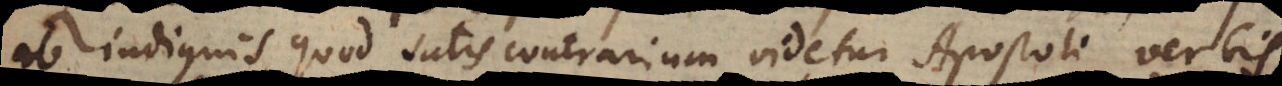
ab indignis, quod satis contrarium videtur Apostoli verbis.